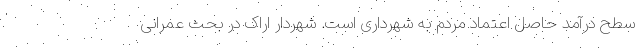
سطح درآمد حاصل اعتماد مردم به شهرداری است. شهردار اراک در بحث عمرانی